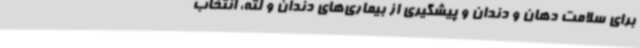
برای سلامت دهان و دندان و پیشگیری از بیماری‌های دندان و لثه، انتخاب